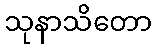
သုနာသိတော